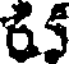
65